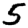
Digit: 5